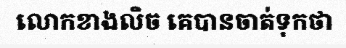
លោកខាងលិច គេបានចាត់ទុកថា